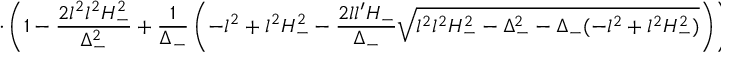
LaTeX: \cdot \left( 1 - \frac { 2 l ^ { 2 } l ^ { 2 } H _ { - } ^ { 2 } } { \Delta _ { - } ^ { 2 } } + \frac { 1 } { \Delta _ { - } } \left( - l ^ { 2 } + l ^ { 2 } H _ { - } ^ { 2 } - \frac { 2 l l ^ { \prime } H _ { - } } { \Delta _ { - } } \sqrt { l ^ { 2 } l ^ { 2 } H _ { - } ^ { 2 } - \Delta _ { - } ^ { 2 } - \Delta _ { - } ( - l ^ { 2 } + l ^ { 2 } H _ { - } ^ { 2 } ) } \right) \right) \Bigr \}